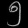
Digit: ၅